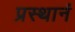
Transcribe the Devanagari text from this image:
प्रस्थानं